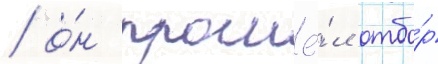
/ о́н прошё́л отбо́р